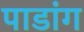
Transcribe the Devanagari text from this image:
पाडांग